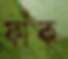
ফাঁক